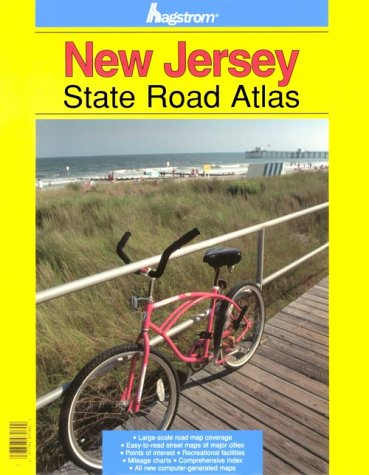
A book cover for State Road Atlas for New Jersey; Hagstrom; Travel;